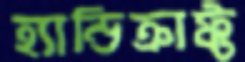
হ্যান্ডিক্রাফ্ট